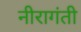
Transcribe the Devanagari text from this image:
नीरागंती